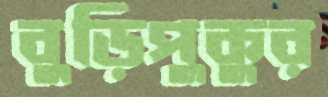
বুড়িপুকুর